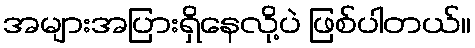
အများအပြားရှိနေလို့ပဲ ဖြစ်ပါတယ်။